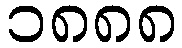
၁၈၈၈